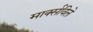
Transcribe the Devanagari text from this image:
मार्क्सविले